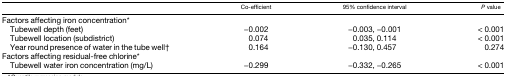
|  | Co-efficient | 95% confidence interval | P value |
 | --- | --- | --- | --- |
 | <COLSPAN=4> Factors affecting iron concentration* |
 | Tubewell depth (feet) | −0.002 | −0.003, −0.001 | < 0.001 |
 | Tubewell location (subdistrict) | 0.074 | 0.035, 0.114 | < 0.001 |
 | Year round presence of water in the tube well† | 0.164 | −0.130, 0.457 | 0.274 |
 | <COLSPAN=4> Factors affecting residual-free chlorine* |
 | Tubewell water iron concentration (mg/L) | −0.299 | −0.332, −0.265 | < 0.001 |